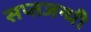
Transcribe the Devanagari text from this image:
सप्तजन्मी